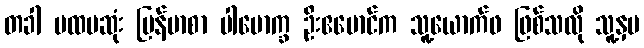
တခါ ပထမဆုံး မြန်မာစာ ပါမောက္ခ ဦးဧမောင်က သူ့ယောက်ဖ ဖြစ်သလို သူ့နှမ